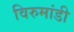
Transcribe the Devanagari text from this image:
विरुमांडी